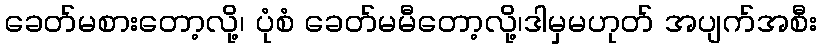
ခေတ်မစားတော့လို့၊ ပုံစံ ခေတ်မမီတော့လို့၊ဒါမှမဟုတ် အပျက်အစီး